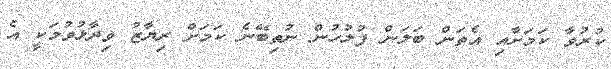
ކުރުވާ ކަމަށާއި އެތަން ބަލަން ފުލުހުން ނުތިބޭނެ ކަމަށް ރިޔާޒު ވިދާޅުވުމަކީ އެ